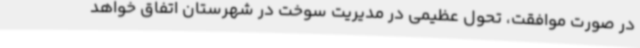
در صورت موافقت، تحول عظیمی در مدیریت سوخت در شهرستان اتفاق خواهد